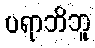
ပရာဘိဘူ